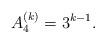
LaTeX: \begin{align*}A_4^{(k)} = 3^{k-1}.\end{align*}